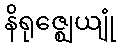
နိရုဇ္ဈေယျုံ